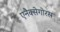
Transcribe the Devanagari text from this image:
एनैक्सेगोरस